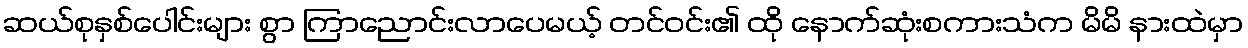
ဆယ်စုနှစ်ပေါင်းများ စွာ ကြာညောင်းလာပေမယ့် တင်ဝင်း၏ ထို နောက်ဆုံးစကားသံက မိမိ နားထဲမှာ